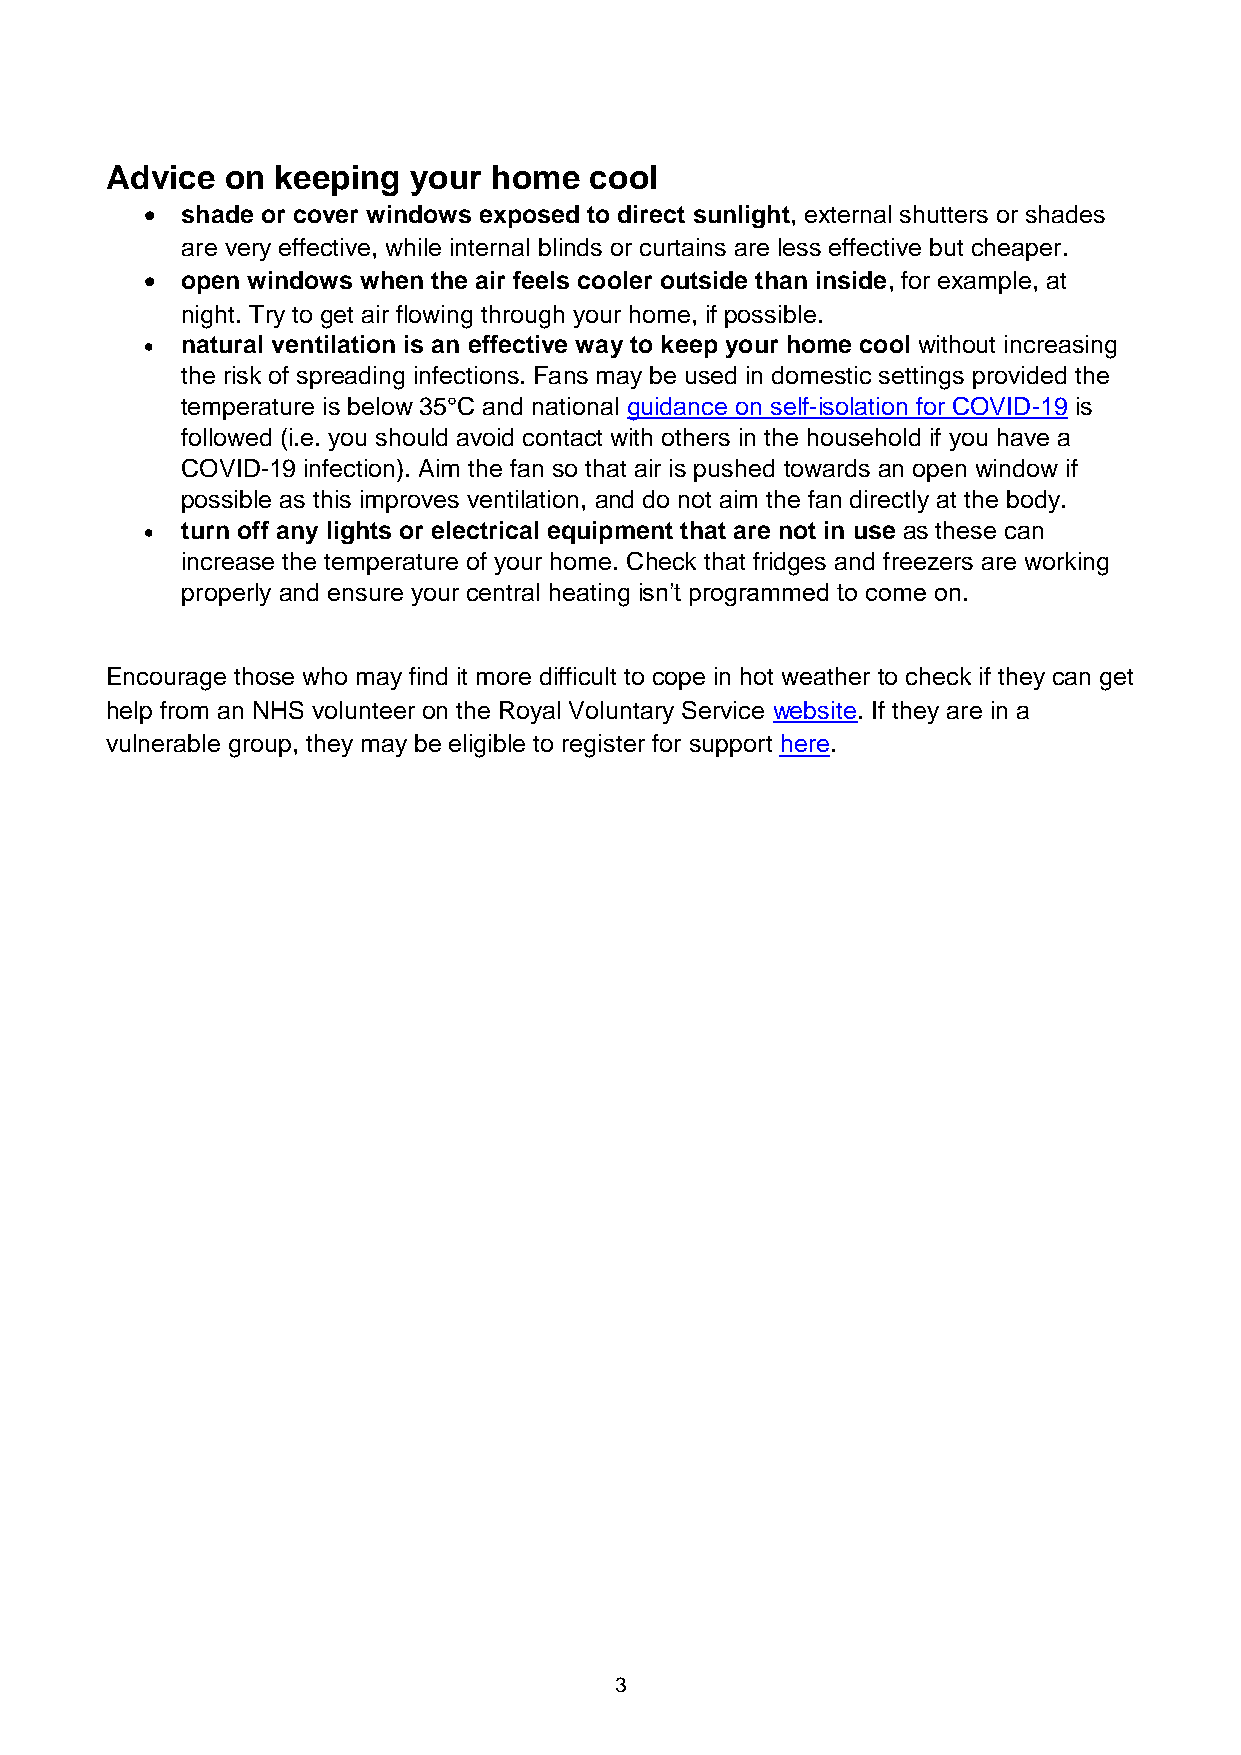
Advice  on keeping  your  home  cool
 • shade or cover windows exposed to direct sunlight, external shutters or shades
 are very effective, while internal blinds or curtains are less effective but cheaper.
 • open windows when the air feels cooler outside than inside, for example, at
 night. Try to get air flowing through your home, if possible.
 • natural ventilation is an effective way to keep your home cool without increasing
 the risk of spreading infections. Fans may be used in domestic settings provided the
 temperature is below 35°C and national guidance on self-isolation for COVID-19 is
 followed (i.e. you should avoid contact with others in the household if you have a
 COVID-19 infection). Aim the fan so that air is pushed towards an open window if
 possible as this improves ventilation, and do not aim the fan directly at the body.
 • turn off any lights or electrical equipment that are not in use as these can
 increase the temperature of your home. Check that fridges and freezers are working
 properly and ensure your central heating isn’t programmed to come on.
 Encourage those who may find it more difficult to cope in hot weather to check if they can get
 help from an NHS volunteer on the Royal Voluntary Service website. If they are in a
 vulnerable group, they may be eligible to register for support here.
 3